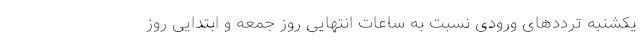
یکشنبه ترددهای ورودی نسبت به ساعات انتهایی روز جمعه و ابتدایی روز